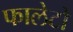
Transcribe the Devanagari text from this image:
फालेटो